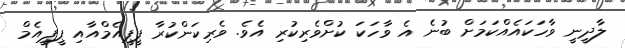
ލާދީނީ ވާހަކައެއްކަމަށް ބުނެ އެ ވާހަކަ ކުށްވެރިކުރި އެވެ. ވެރިކަންކުރާ ޕީޕީއެމްއާއި ޕީޕީއެމް